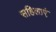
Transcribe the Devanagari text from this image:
सहिलाएं